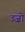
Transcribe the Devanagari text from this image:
उज़ो